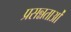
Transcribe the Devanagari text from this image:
प्रसन्नताओं